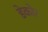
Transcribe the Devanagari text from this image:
डेकोर